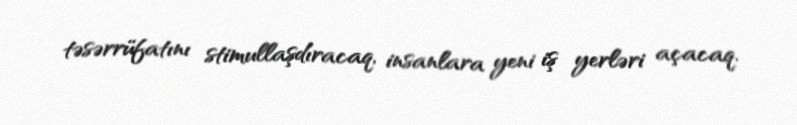
təsərrüfatını stimullaşdıracaq, insanlara yeni iş yerləri açacaq.